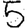
Digit: 5